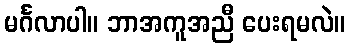
မင်္ဂလာပါ။ ဘာအကူအညီ ပေးရမလဲ။